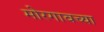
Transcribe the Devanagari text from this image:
मोरगावच्या